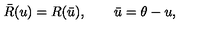
\bar { R } ( u ) = R ( \bar { u } ) , \qquad \bar { u } = \theta - u ,